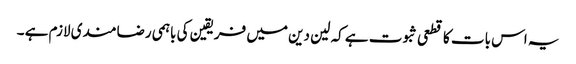
یہ اس بات کا قطعی ثبوت ہے کہ لین دین میں فریقین کی باہمی رضامندی لازم ہے ۔